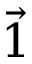
\vec { 1 }